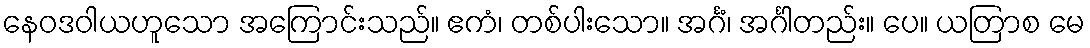
နေဝဒဝါယဟူသော အကြောင်းသည်။ ဧကံ၊ တစ်ပါးသော။ အင်္ဂံ၊ အင်္ဂါတည်း။ ပေ။ ယတြာစ မေ